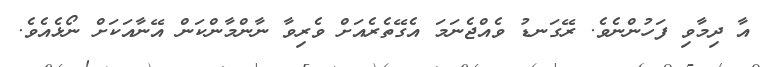
އާ ދިމާވި ފަހުންނެވެ. ރޭގަނޑު ވެއްޖެނަމަ އެގޭތެރެއަށް ވެރިވާ ނާންމާންކަން އޭނާއަކަށް ނޯޅެއެވެ.